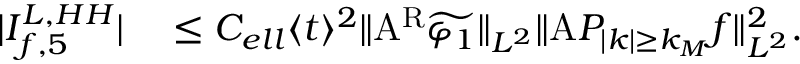
\begin{array} { r l } { | I _ { f , 5 } ^ { L , H H } | } & { { } \leq C _ { e l l } \langle t \rangle ^ { 2 } \| \mathrm { A } ^ { \mathrm { R } } \widetilde { \varphi _ { 1 } } \| _ { L ^ { 2 } } \| \mathrm { A } P _ { | k | \geq k _ { M } } f \| _ { L ^ { 2 } } ^ { 2 } . } \end{array}